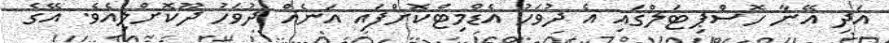
އަދި އޭނާ ހޮސްޕިޓަލްގައި އެ ދުވަހު އެޑްމިޓްކޮށްފައި އަނެއް ދުވަހު ދޫކޮށްލިިއެވެ. އޭގެ